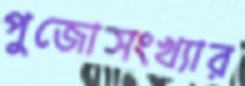
পুজোসংখ্যার